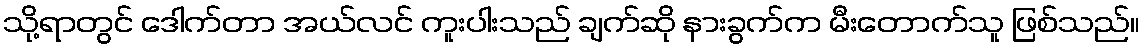
သို့ရာတွင် ဒေါက်တာ အယ်လင် ကူးပါးသည် ချက်ဆို နားခွက်က မီးတောက်သူ ဖြစ်သည်။